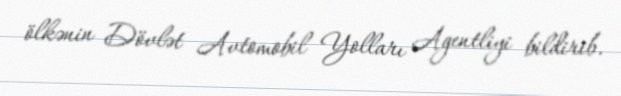
ölkənin Dövlət Avtomobil Yolları Agentliyi bildirib.